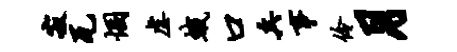
寂瓦悃虐蛾口兵事伶月